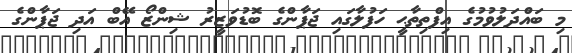
މި ބައްދަލުވުމުގެ އިފްތިތާޙީ ހަފުލާގައި ޖަޕާންގެ ބޮޑުވަޒީރު ޝިންޒޯ އޭބް އަދި ޖަޕާންގެ